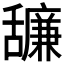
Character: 𦧷